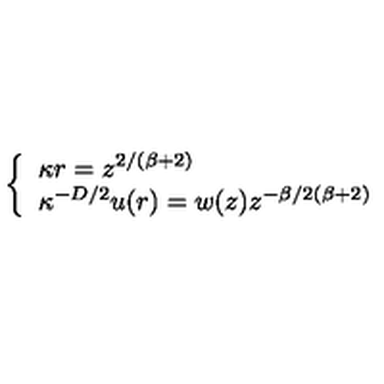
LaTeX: \left\{ \begin{array} { l } { \kappa r = z ^ { 2 / ( \beta + 2 ) } } \\ { \nonumber \kappa ^ { - D / 2 } u ( r ) = w ( z ) z ^ { - \beta / 2 ( \beta + 2 ) } } \\ \end{array} \right.